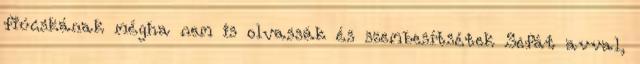
fiúcskának mégha nem is olvassák és szembesítsétek Sefát avval,